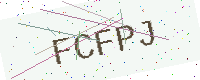
Text: FCFPJ